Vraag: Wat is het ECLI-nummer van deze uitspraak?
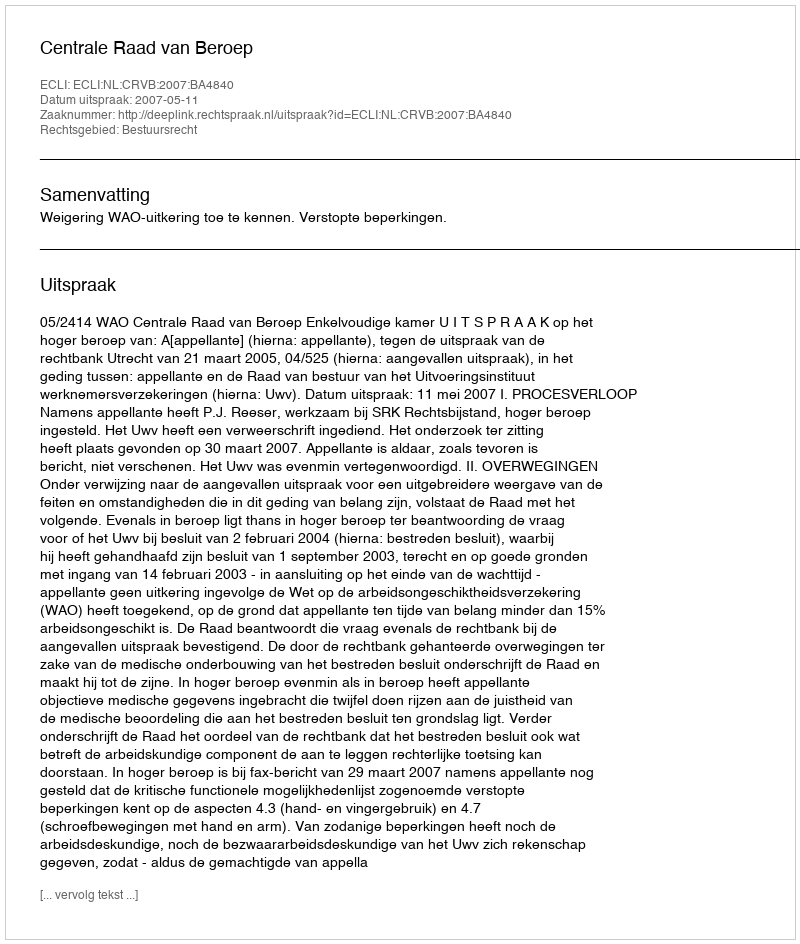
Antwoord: ECLI:NL:CRVB:2007:BA4840